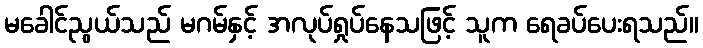
မခေါင်ညွယ်သည် မဂမ်နှင့် အလုပ်ရှုပ်နေသဖြင့် သူက ရေခပ်ပေးရသည်။